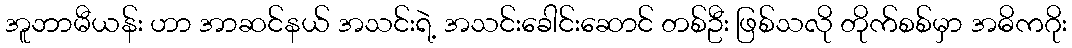
အူဘာမီယန်း ဟာ အာဆင်နယ် အသင်းရဲ့ အသင်းခေါင်းဆောင် တစ်ဦး ဖြစ်သလို တိုက်စစ်မှာ အဓိကဂိုး